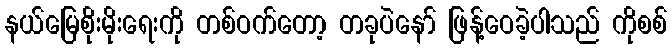
နယ်မြေစိုးမိုးရေးကို တစ်ဝက်တော့ တခုပဲနော် ဖြန့်ဝေခဲ့ပါသည် ကိုစစ်